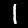
Digit: 1